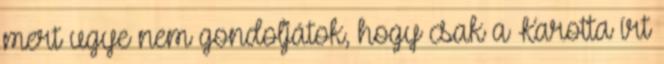
mert ugye nem gondoljátok, hogy csak a Karotta írt